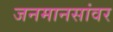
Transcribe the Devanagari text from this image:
जनमानसांवर